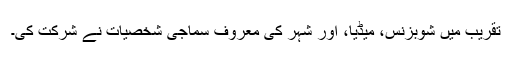
تقریب میں شوبزنس، میڈیا، اور شہر کی معروف سماجی شخصیات نے شرکت کی۔